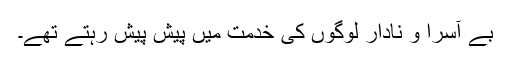
بے آسرا و نادار لوگوں کی خدمت میں پیش پیش رہتے تھے۔